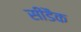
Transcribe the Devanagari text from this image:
सीडैक